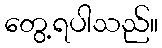
တွေ့ရပါသည်။